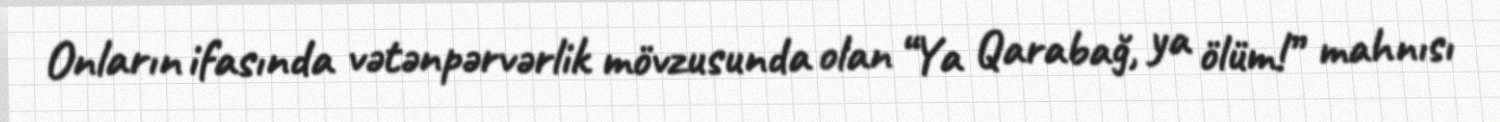
Onların ifasında vətənpərvərlik mövzusunda olan “Ya Qarabağ, ya ölüm!” mahnısı